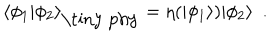
\langle \phi _ { 1 } | \phi _ { 2 } \rangle _ { \mathrm { \tiny ~ p h y } } = \eta ( | \phi _ { 1 } \rangle ) | \phi _ { 2 } \rangle \ \ .